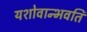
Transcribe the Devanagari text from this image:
यशोवान्भवति